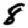
Digit: 8